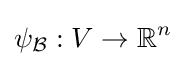
\psi _{\mathcal {B}}:V\rightarrow \mathbb {R} ^{n}